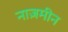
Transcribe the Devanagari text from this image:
नाज़मीन